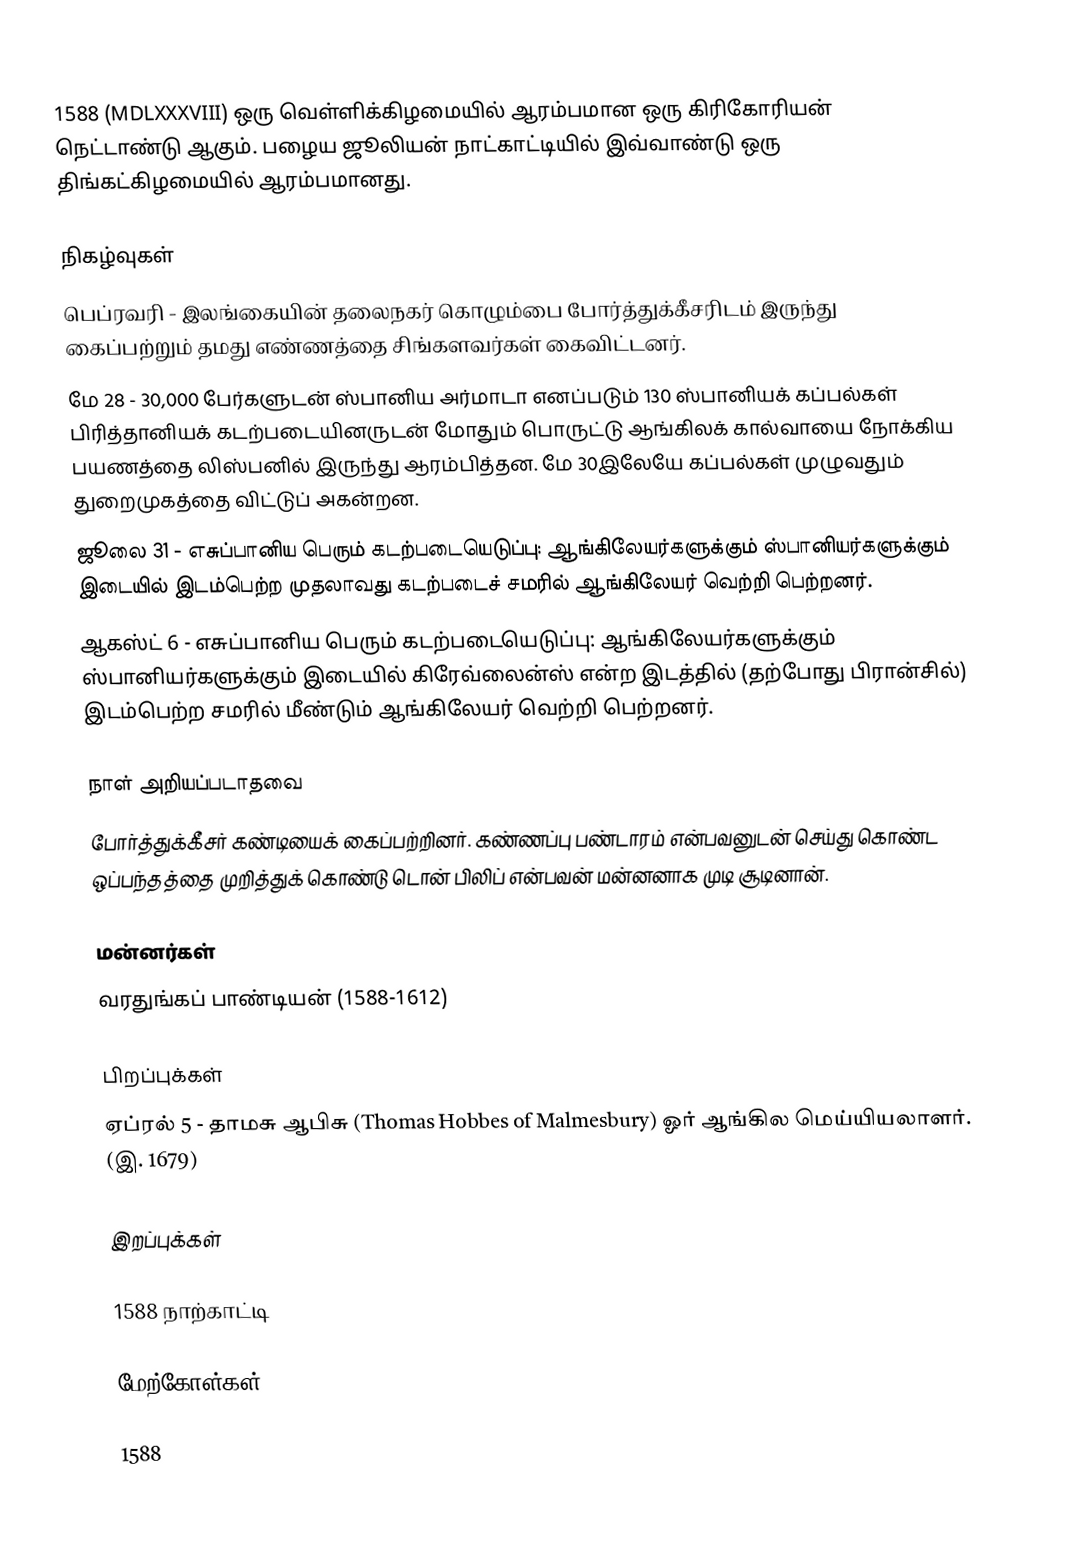
1588 (MDLXXXVIII) ஒரு வெள்ளிக்கிழமையில் ஆரம்பமான ஒரு கிரிகோரியன் நெட்டாண்டு ஆகும். பழைய ஜூலியன் நாட்காட்டியில் இவ்வாண்டு ஒரு திங்கட்கிழமையில் ஆரம்பமானது.

நிகழ்வுகள்
 பெப்ரவரி - இலங்கையின் தலைநகர் கொழும்பை போர்த்துக்கீசரிடம் இருந்து கைப்பற்றும் தமது எண்ணத்தை சிங்களவர்கள் கைவிட்டனர்.
 மே 28 - 30,000 பேர்களுடன் ஸ்பானிய அர்மாடா எனப்படும் 130 ஸ்பானியக் கப்பல்கள் பிரித்தானியக் கடற்படையினருடன் மோதும் பொருட்டு ஆங்கிலக் கால்வாயை நோக்கிய பயணத்தை லிஸ்பனில் இருந்து ஆரம்பித்தன. மே 30இலேயே கப்பல்கள் முழுவதும் துறைமுகத்தை விட்டுப் அகன்றன.
 ஜூலை 31 - எசுப்பானிய பெரும் கடற்படையெடுப்பு: ஆங்கிலேயர்களுக்கும் ஸ்பானியர்களுக்கும் இடையில் இடம்பெற்ற முதலாவது கடற்படைச் சமரில் ஆங்கிலேயர் வெற்றி பெற்றனர்.
 ஆகஸ்ட் 6 - எசுப்பானிய பெரும் கடற்படையெடுப்பு: ஆங்கிலேயர்களுக்கும் ஸ்பானியர்களுக்கும் இடையில் கிரேவ்லைன்ஸ் என்ற இடத்தில் (தற்போது பிரான்சில்) இடம்பெற்ற சமரில் மீண்டும் ஆங்கிலேயர் வெற்றி பெற்றனர்.

நாள் அறியப்படாதவை
 போர்த்துக்கீசர் கண்டியைக் கைப்பற்றினர். கண்ணப்பு பண்டாரம் என்பவனுடன் செய்து கொண்ட ஒப்பந்தத்தை முறித்துக் கொண்டு டொன் பிலிப் என்பவன் மன்னனாக முடி சூடினான்.

மன்னர்கள்
 வரதுங்கப் பாண்டியன் (1588-1612)

பிறப்புக்கள்
 ஏப்ரல் 5 - தாமசு ஆபிசு (Thomas Hobbes of Malmesbury) ஓர் ஆங்கில மெய்யியலாளர். (இ. 1679)

இறப்புக்கள்

1588 நாற்காட்டி

மேற்கோள்கள்

1588